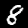
Digit: 8